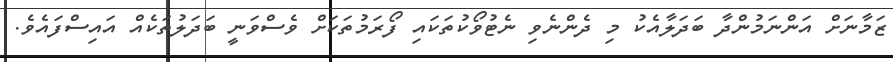
ޒަމާނަށް އަންނަމުންދާ ބަދަލާއެކު މި ދެންނެވި ނެޓުވޯކުތަކައި ފޯރަމުތަކަށް ވެސްވަނީ ބަދަލުތަކެއް އައިސްފައެވެ.